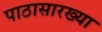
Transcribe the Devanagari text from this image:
पाठासारख्या